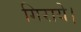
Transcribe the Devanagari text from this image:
गिराये।